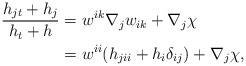
LaTeX: \begin{align*}\frac{h_{jt}+ h_{j}}{h_{t}+ h}&= w^{ik}\nabla_{j}w_{ik}+\nabla_{j}\chi\\&= w^{ii}(h_{jii}+h_{i}\delta_{ij})+\nabla_{j}\chi,\end{align*}